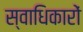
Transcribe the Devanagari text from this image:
स्वाधिकारों